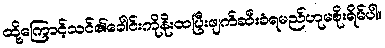
ထို့ကြောင့်သင်၏ခေါင်းကိုနိုးထပြီးဖျက်ဆီးခံရမည်ဟုမစိုးရိမ်ပါ။